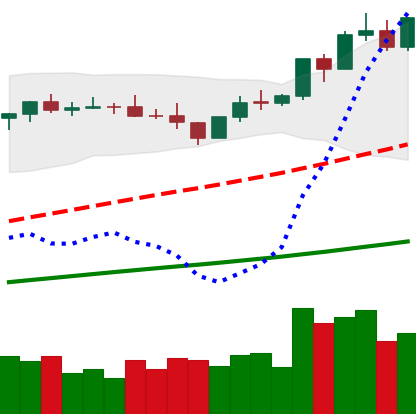
Ticker: BNB-USD
Chart end date: 2021-04-04
Forward return: 28.881%
Label: up_7plus